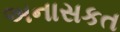
અનાસકત